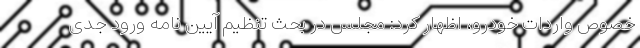
خصوص واردات خودرو، اظهار کرد: مجلس در بحث تنظیم آیین نامه ورود جدی